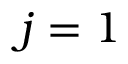
j = 1